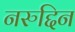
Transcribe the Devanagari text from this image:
नरुद्दिन